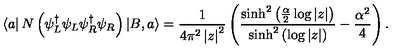
\left\langle a \right| N \left( \psi _ { L } ^ { \dagger } \psi _ { L } \psi _ { R } ^ { \dagger } \psi _ { R } \right) \left| B , a \right\rangle = \frac { 1 } { 4 \pi ^ { 2 } \left| z \right| ^ { 2 } } \left( \frac { \sinh ^ { 2 } \left( \frac { \alpha } { 2 } \log \left| z \right| \right) } { \sinh ^ { 2 } \left( \log \left| z \right| \right) } - \frac { \alpha ^ { 2 } } { 4 } \right) .